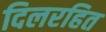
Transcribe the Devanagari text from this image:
दिलरहित